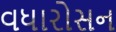
વધારોસન